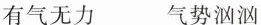
有气无力 气势汹汹